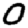
Digit: 0